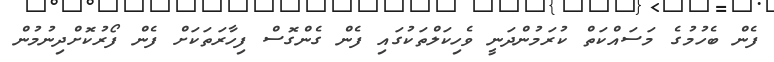
ފެން ބެހުމުގެ މަސައްކަތް ކުރަމުންދަނީ ވެހިކަލްތަކުގައި ފެން ގެންގޮސް ފިހާރަތަކަށް ފެން ފޯރުކޮށްދިނުމުން